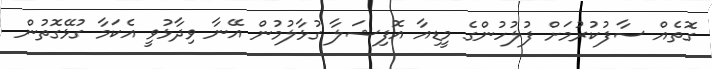
ގޮތެއް ސާފުކުރުމަށް ފުލުހުންގެ މީޑިއާ އޮފިޝަލާ ގުޅާލުމުން އޭނާ ވިދާޅުވީ އެކަމާ ގުޅޭގޮތުން